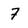
Character: 7